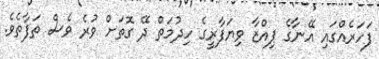
ފަހަރެއްގައި އޭނާގެ ޕިއްޒާ ވިޔަފާރީގެ ހިދުމަތް ދޭ ގޮތަށް ވުރެ ވެސް ތަފާތެވެ.